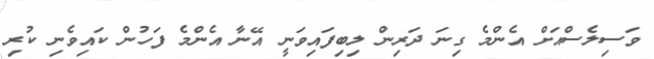
ވަސިލެސްއަށް އެންމެ ގިނަ ދަރިން ލިބިފައިވަނީ އޭނާ އެންމެ ފަހުން ކައިވެނި ކުރި